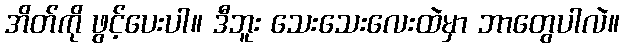
အိတ်ကို ဖွင့်ပေးပါ။ ဒီဘူး သေးသေးလေးထဲမှာ ဘာတွေပါလဲ။